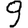
Digit: 9